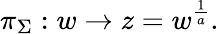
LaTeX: \pi_{\Sigma}:w\to z=w^{{\frac{1}{a}}}.